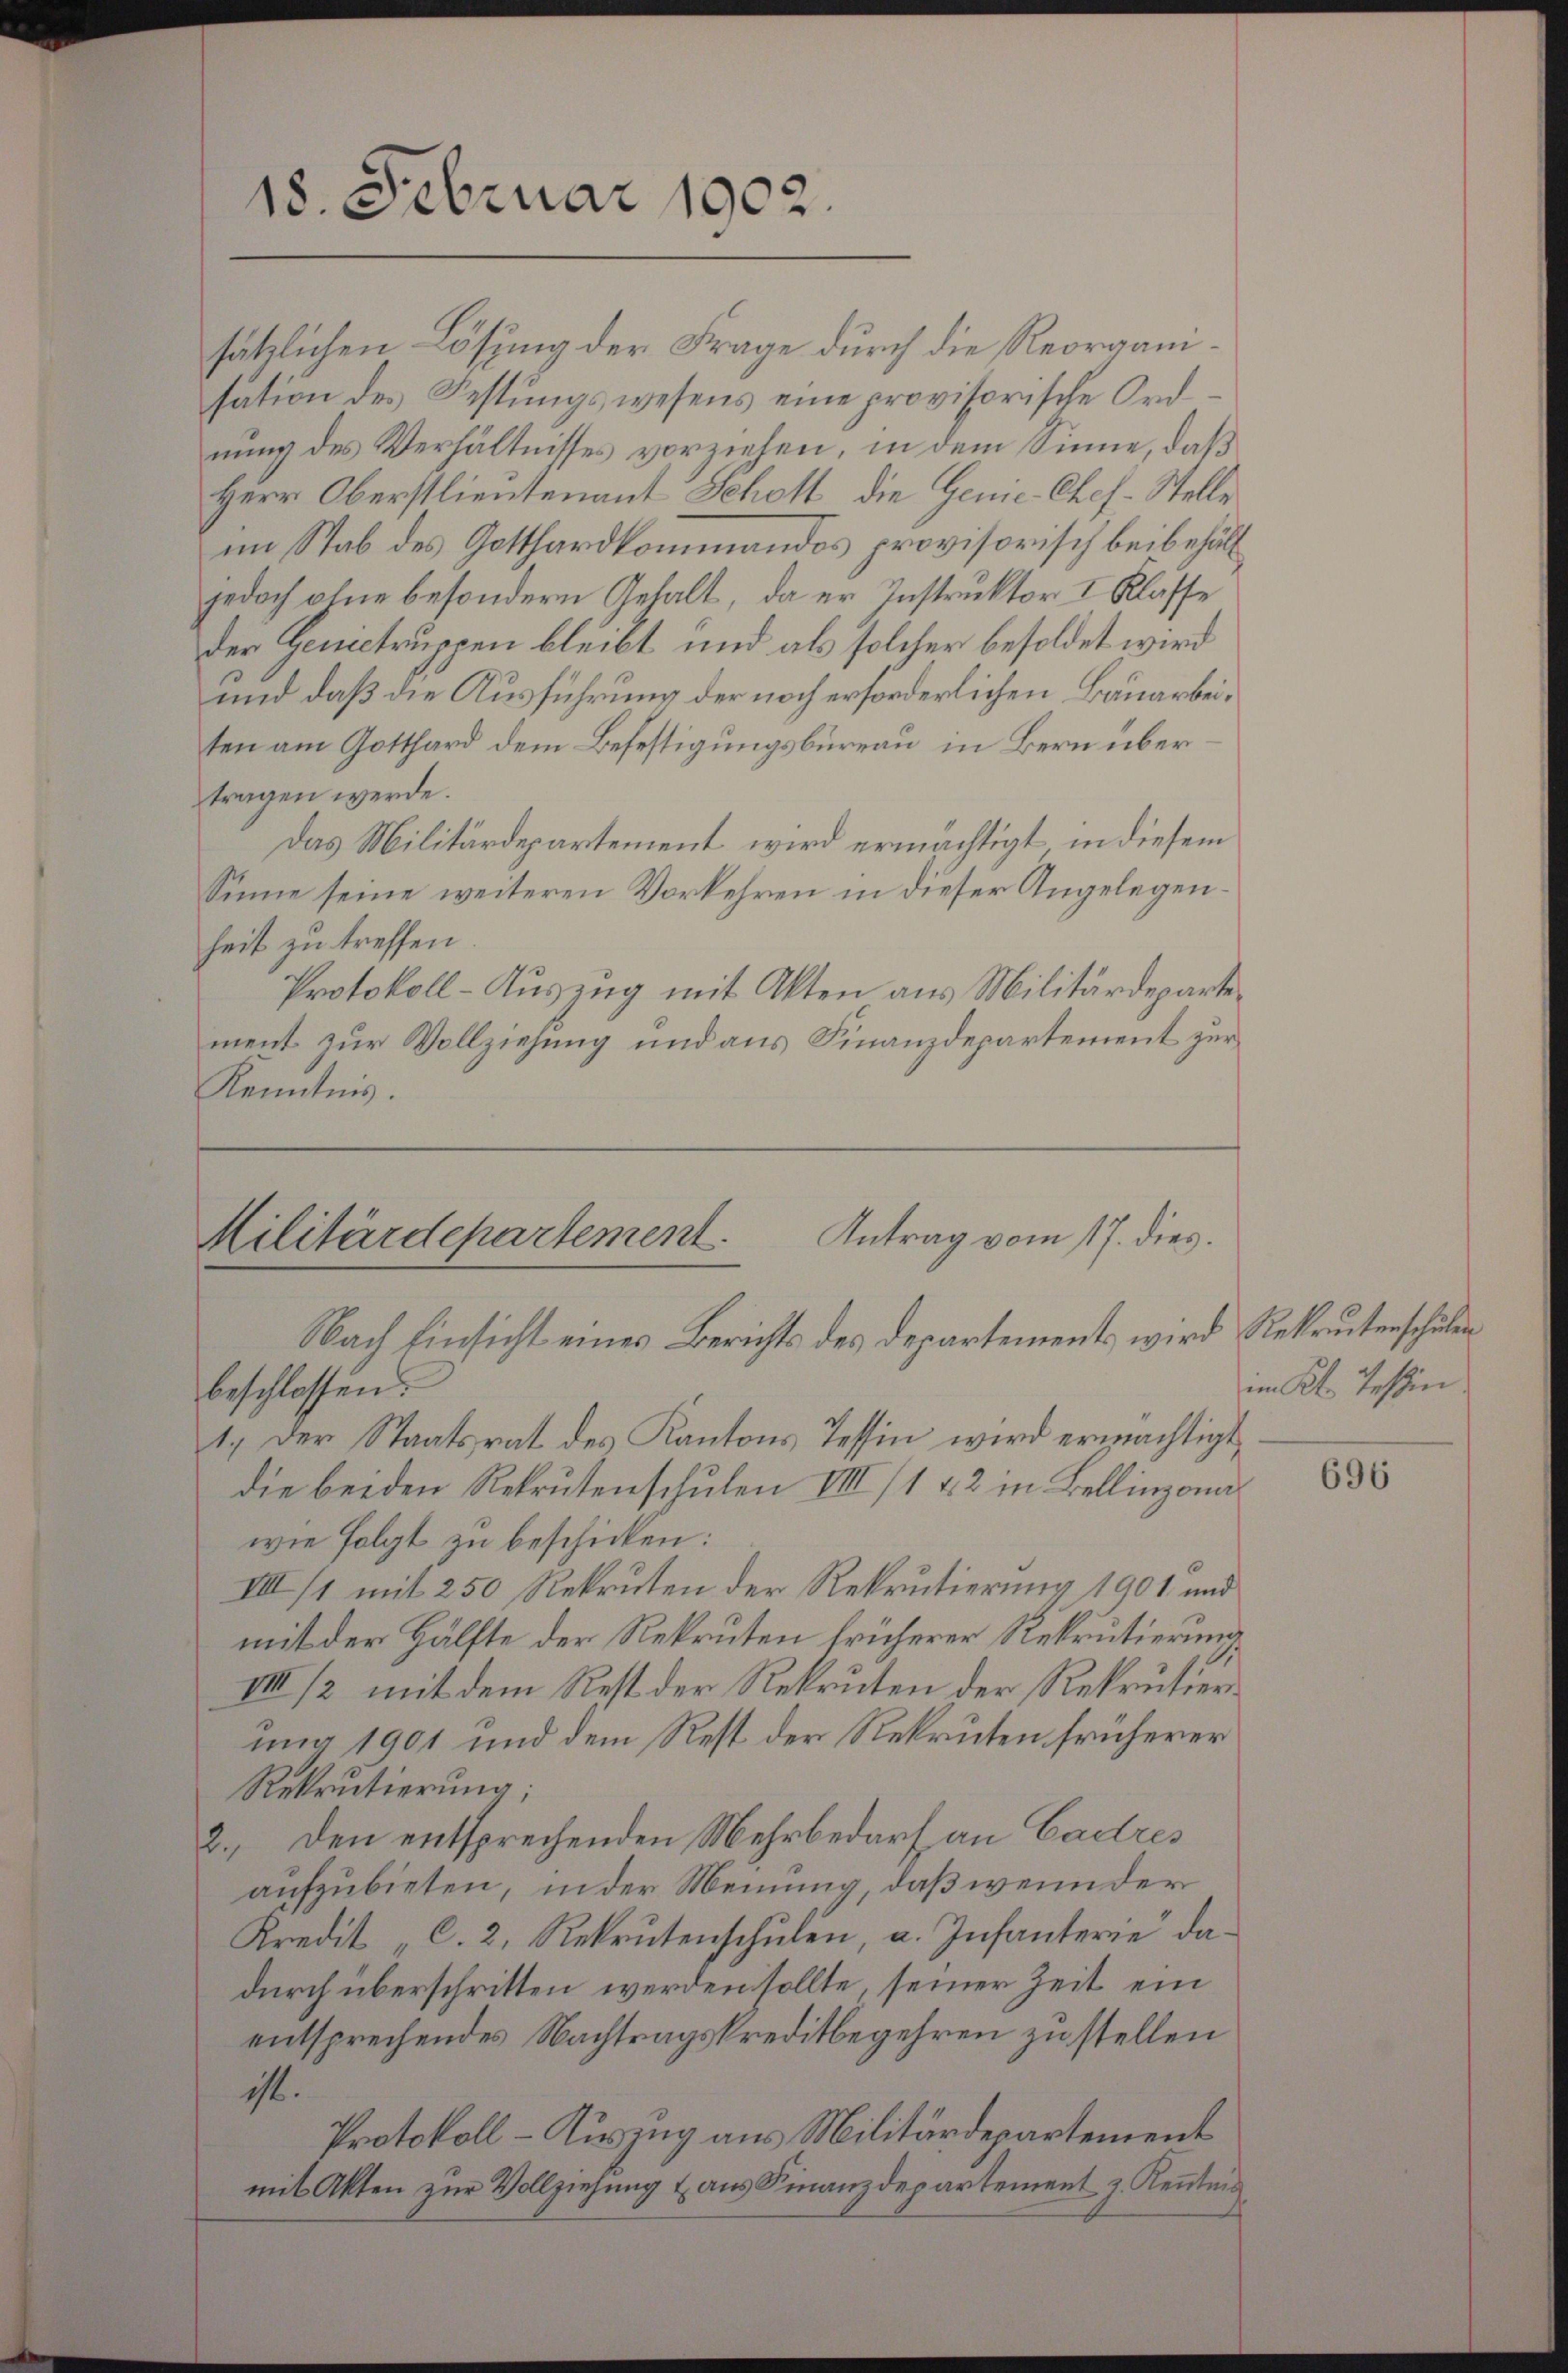
18. Februar 1902.

sätzlichen Lösung der Frage durch die Reorganisation des Festungswesens eine provisorische Ord
nung des Verhältnisses vorziehen, in dem Sinne, daß
Herr Oberstlieutenant Schott, die Gene-Chef- Stelle
im Stab des Gotthardkommandos provisorisch beibehältjedoch ohne besondern Gehalt, da er Instruktor I. Klasse
der Genictruppen bleibt und als solcher besoldet wird
und daß die Ausführung der noch erforderlichen Bauarbeiten am Gotthard dem Befestigungsbureau in Bern übertragen werde.
Das Militärdepartement wird ermächtigt, in diesem
Sinne seine weiteren Vorkehren in dieser Angelegenheit zu treffen.
Protokoll-Auszug mit Akten aus Militärdeparte
ment zur Vollziehung und aus Finanzdepartement zur
Kenntnis.

Antrag vom 17. dies.
Militärdepartement.
Nach Einsicht eines Berichts des Departement wird Rekrutenschulen

beschlossen:
1. Der Staatsrat des Kantons Tessin wird ermächtigt,
die beiden Rekrutenschulen VIII 11 & 2 in Bellinzona
wie folgt zu beschicken:
IIII/1 mit 250 Rekruten der Rekrutierung 1901 und
mit der Hälfte der Rekruten früherer Rekrutierung
IIII /2 mit dem Rest der Rekruten der Rekrutierung 1901 und dem Rest der Rekruten früherer
Rekrutierŭng:
2., den entsprechenden Mehrbedarf an Cadres
aufzubieten, in der Meinung, daß wenn der
Kredit C. 2. Rekrutenschulen, a. Infanterie dadurch überschritten werden sollte, seiner Zeit ein
entsprechendes Nachtragskreditbegehren zu stellen
ist.
Protokoll - Auszug aus Militärdepartement
mit Akten zur Vollziehung & aus Finanzdepartement z. Kenntnis

im Kt. Tessin.

696